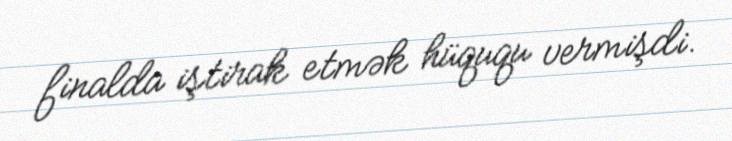
finalda iştirak etmək hüququ vermişdi.